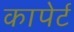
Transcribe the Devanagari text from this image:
कापेर्ट